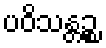
ပဝိသန္တဉ္စ